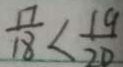
\frac { 1 7 } { 1 8 } < \frac { 1 9 } { 2 0 }